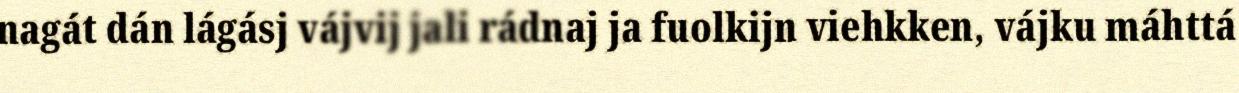
nagát dán lágásj vájvij jali rádnaj ja fuolkijn viehkken, vájku máhttá